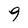
Character: 9